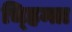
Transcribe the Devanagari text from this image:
च्हिन्ता